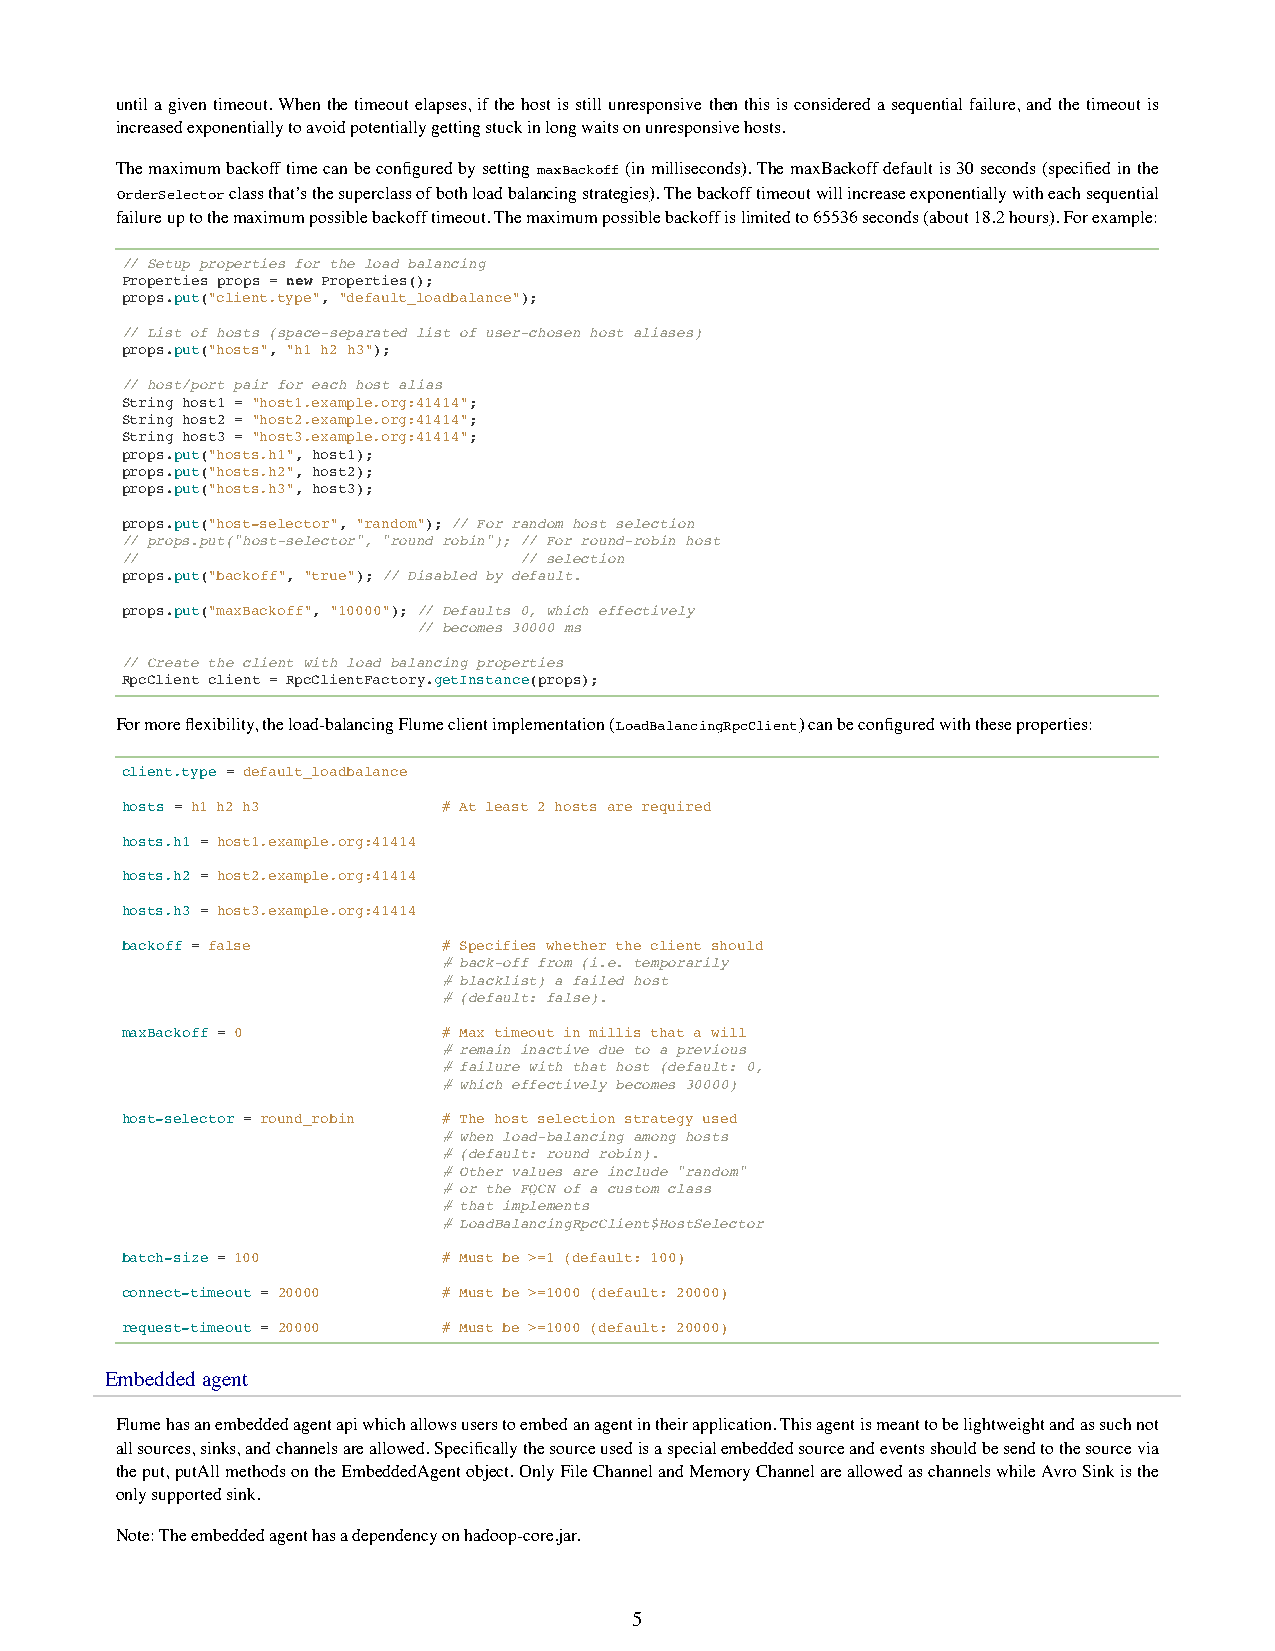
until a given timeout. When the timeout elapses, if the host is still unresponsive then this is considered a sequential failure, and the timeout is
 increased exponentially to avoid potentially getting stuck in long waits on unresponsive hosts.
 The maximum backoff time can be configured by setting maxBackoff (in milliseconds). The maxBackoff default is 30 seconds (specified in the
 OrderSelector class that’s the superclass of both load balancing strategies). The backoff timeout will increase exponentially with each sequential
 failure up to the maximum possible backoff timeout. The maximum possible backoff is limited to 65536 seconds (about 18.2 hours). For example:
 // Setup properties for the load balancing
 Properties props = new Properties();
 props.put("client.type", "default_loadbalance");
 // List of hosts (space-separated list of user-chosen host aliases)
 props.put("hosts", "h1 h2 h3");
 // host/port pair for each host alias
 String host1 = "host1.example.org:41414";
 String host2 = "host2.example.org:41414";
 String host3 = "host3.example.org:41414";
 props.put("hosts.h1", host1);
 props.put("hosts.h2", host2);
 props.put("hosts.h3", host3);
 props.put("host-selector", "random"); // For random host selection
 // props.put("host-selector", "round_robin"); // For round-robin host
 //                        // selection
 props.put("backoff", "true"); // Disabled by default.
 props.put("maxBackoff", "10000"); // Defaults 0, which effectively
 // becomes 30000 ms
 // Create the client with load balancing properties
 RpcClient client = RpcClientFactory.getInstance(props);
 For more flexibility, the load-balancing Flume client implementation (LoadBalancingRpcClient) can be configured with these properties:
 client.type = default_loadbalance
 hosts = h1 h2 h3     # At least 2 hosts are required
 hosts.h1 = host1.example.org:41414
 hosts.h2 = host2.example.org:41414
 hosts.h3 = host3.example.org:41414
 backoff = false      # Specifies whether the client should
 # back-off from (i.e. temporarily
 # blacklist) a failed host
 # (default: false).
 maxBackoff = 0       # Max timeout in millis that a will
 # remain inactive due to a previous
 # failure with that host (default: 0,
 # which effectively becomes 30000)
 host-selector = round_robin # The host selection strategy used
 # when load-balancing among hosts
 # (default: round_robin).
 # Other values are include "random"
 # or the FQCN of a custom class
 # that implements
 # LoadBalancingRpcClient$HostSelector
 batch-size = 100     # Must be >=1 (default: 100)
 connect-timeout = 20000 # Must be >=1000 (default: 20000)
 request-timeout = 20000 # Must be >=1000 (default: 20000)
 Embedded agent
 Flume has an embedded agent api which allows users to embed an agent in their application. This agent is meant to be lightweight and as such not
 all sources, sinks, and channels are allowed. Specifically the source used is a special embedded source and events should be send to the source via
 the put, putAll methods on the EmbeddedAgent object. Only File Channel and Memory Channel are allowed as channels while Avro Sink is the
 only supported sink.
 Note: The embedded agent has a dependency on hadoop-core.jar.
 5